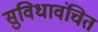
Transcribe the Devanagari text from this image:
सुविधावंचित